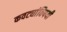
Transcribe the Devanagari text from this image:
कवट्यांविषयी